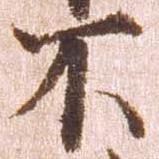
不